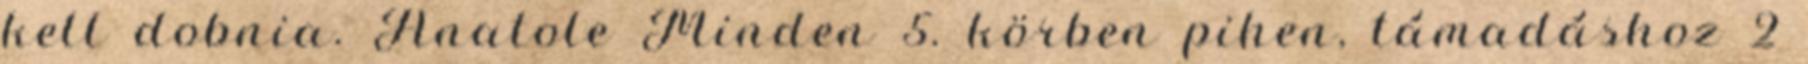
kell dobnia. Anatole Minden 5. körben pihen, támadáshoz 2